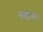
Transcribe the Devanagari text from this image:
नदीम।